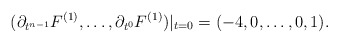
\begin{align*}(\partial_{t^{n-1}}F^{(1)},\dots,\partial_{t^{0}}F^{(1)})|_{t=0}=(-4,0,\dots,0,1).\end{align*}